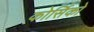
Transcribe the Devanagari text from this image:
कोर्सिको